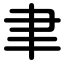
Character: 聿